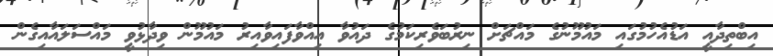
އިބްތިދާއީ އަޑުއެހުމުގައި މައުމޫނުގެ މައްޗަށް ނިރުބަވެރިކަމުގެ ދައުވާ އިއްވާފައިވާއިރު މައުމޫން ވިދާޅުވީ މައްސަލައާއިގެން